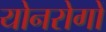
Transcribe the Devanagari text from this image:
योनरोगों